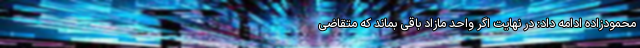
محمودزاده ادامه داد: در نهایت اگر واحد مازاد باقی بماند که متقاضی